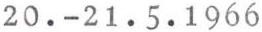
20.-21.5.1966